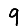
Digit: 9